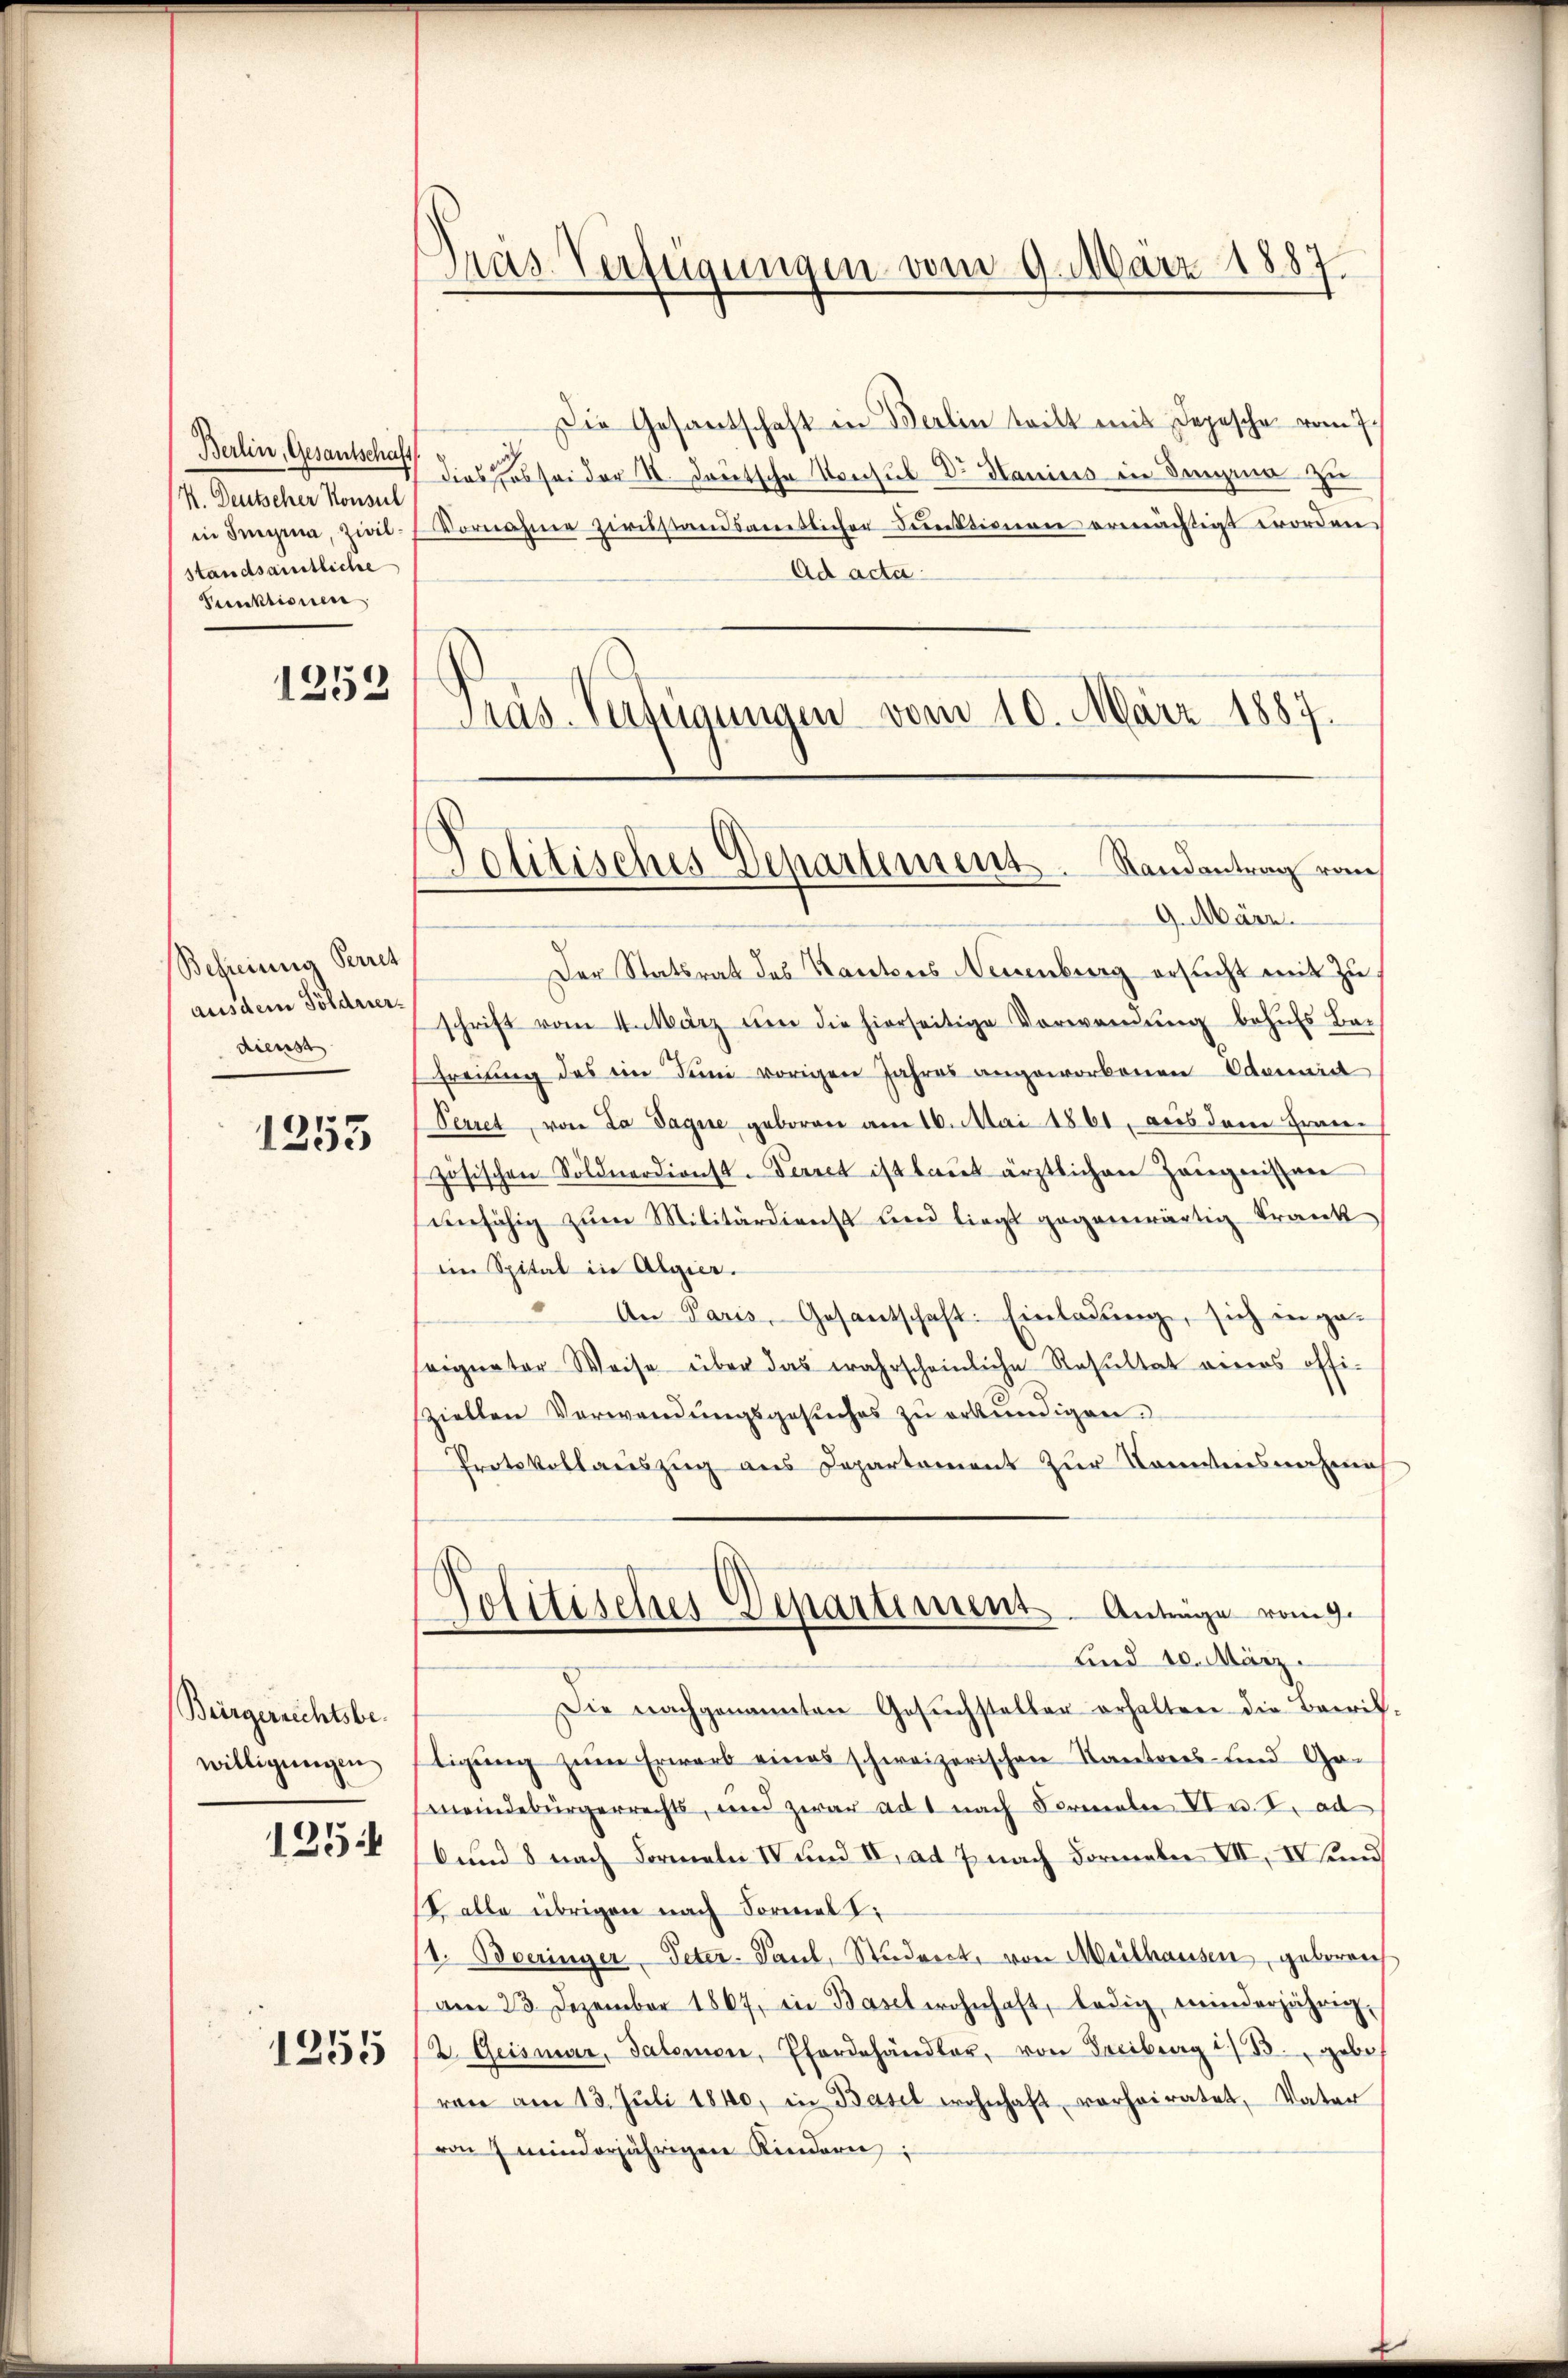
Berlin, Gesantschaf
K. Deutscher Konsul
in Imyria, Zwilstandsamtliche
Punktionen

1252

Befreiung Perret
aus dem Söldnerdienst

1353

Bürgerrechtsbewilligungen

1254

1255

Präs. Verfügungen vom 9. März 1887

.
Petitisches Departement. Randantrag von

Die Gesandschaft in Berlin teilt mit Depesche vom 7.
dies das sei der St. dortsche Konsul Dr. Hanius in Dingina zu
Vornahme ziisstandsamtlicher Funktionen ermächtigt worden.
Ad acta
Pras-Verfügungen vom 10. März 1887.
9. März.
Der Statsrat des Kantons Neuenburg ersucht mit zu
schrift vom 4. März um die hierseitige Verwendung behufs Be-
freiung des ein Juni vorigen Jahres angeworbenen Adamnid
Perret, von da Paque geboren am 16. Mai 1861, aus dem Fran-
zösischen Söldnerdienst-Perret ist laŭt ärztlichen Zeugnissen
enfähig zŭm Militärdienst und liegt gegenwärtig krank
im Spital in Algier.
An Paris, Gesantschaft: Einladung, sich in geeigneter Weise über das wahrscheinliche Resultat einers offi-
ziellen Verwendungsgesuches zu erkundigen.
Protokollauszug aus Departement zur Komiteeswachen
Politisches Departement. Antrage vom g.
Lied 10. März.
Die nachgenannten Gesŭchsteller erhalten die Beerit,
ligung zum Erwarb eines schweizerischen Kantons- und Ga-
meindebürgerrechts, und zwar ad 1 nach Formale Ven. F. ad
6 und 8 nach Formeln IV und IV. ad 7 nach Formeln VII, IV und
V. alle übrigen nach Formel Ti
1. Boeringer Peter- Paul, Studret, von Mithausen, geboren
am 23. Dezember 1867, in Basel wohnhaft, ledig, minderjährig,
2. Geismar, Salomen, Pferdehändler, von Freiburg i. B. gebe
ren am 13. Jŭli 1840, in Basel wohnhaft vorheiratet, Vater
von 7 minderjährigen Kindern;